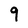
Character: 9